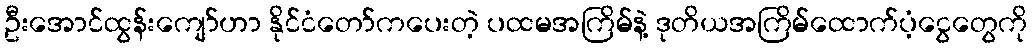
ဦးအောင်ထွန်းကျော်ဟာ နိုင်ငံတော်ကပေးတဲ့ ပထမအကြိမ်နဲ့ ဒုတိယအကြိမ်ထောက်ပံ့ငွေတွေကို